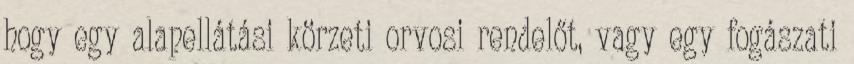
hogy egy alapellátási körzeti orvosi rendelőt, vagy egy fogászati